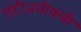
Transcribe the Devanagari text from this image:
एंटीजनीक्ली